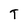
Character: T